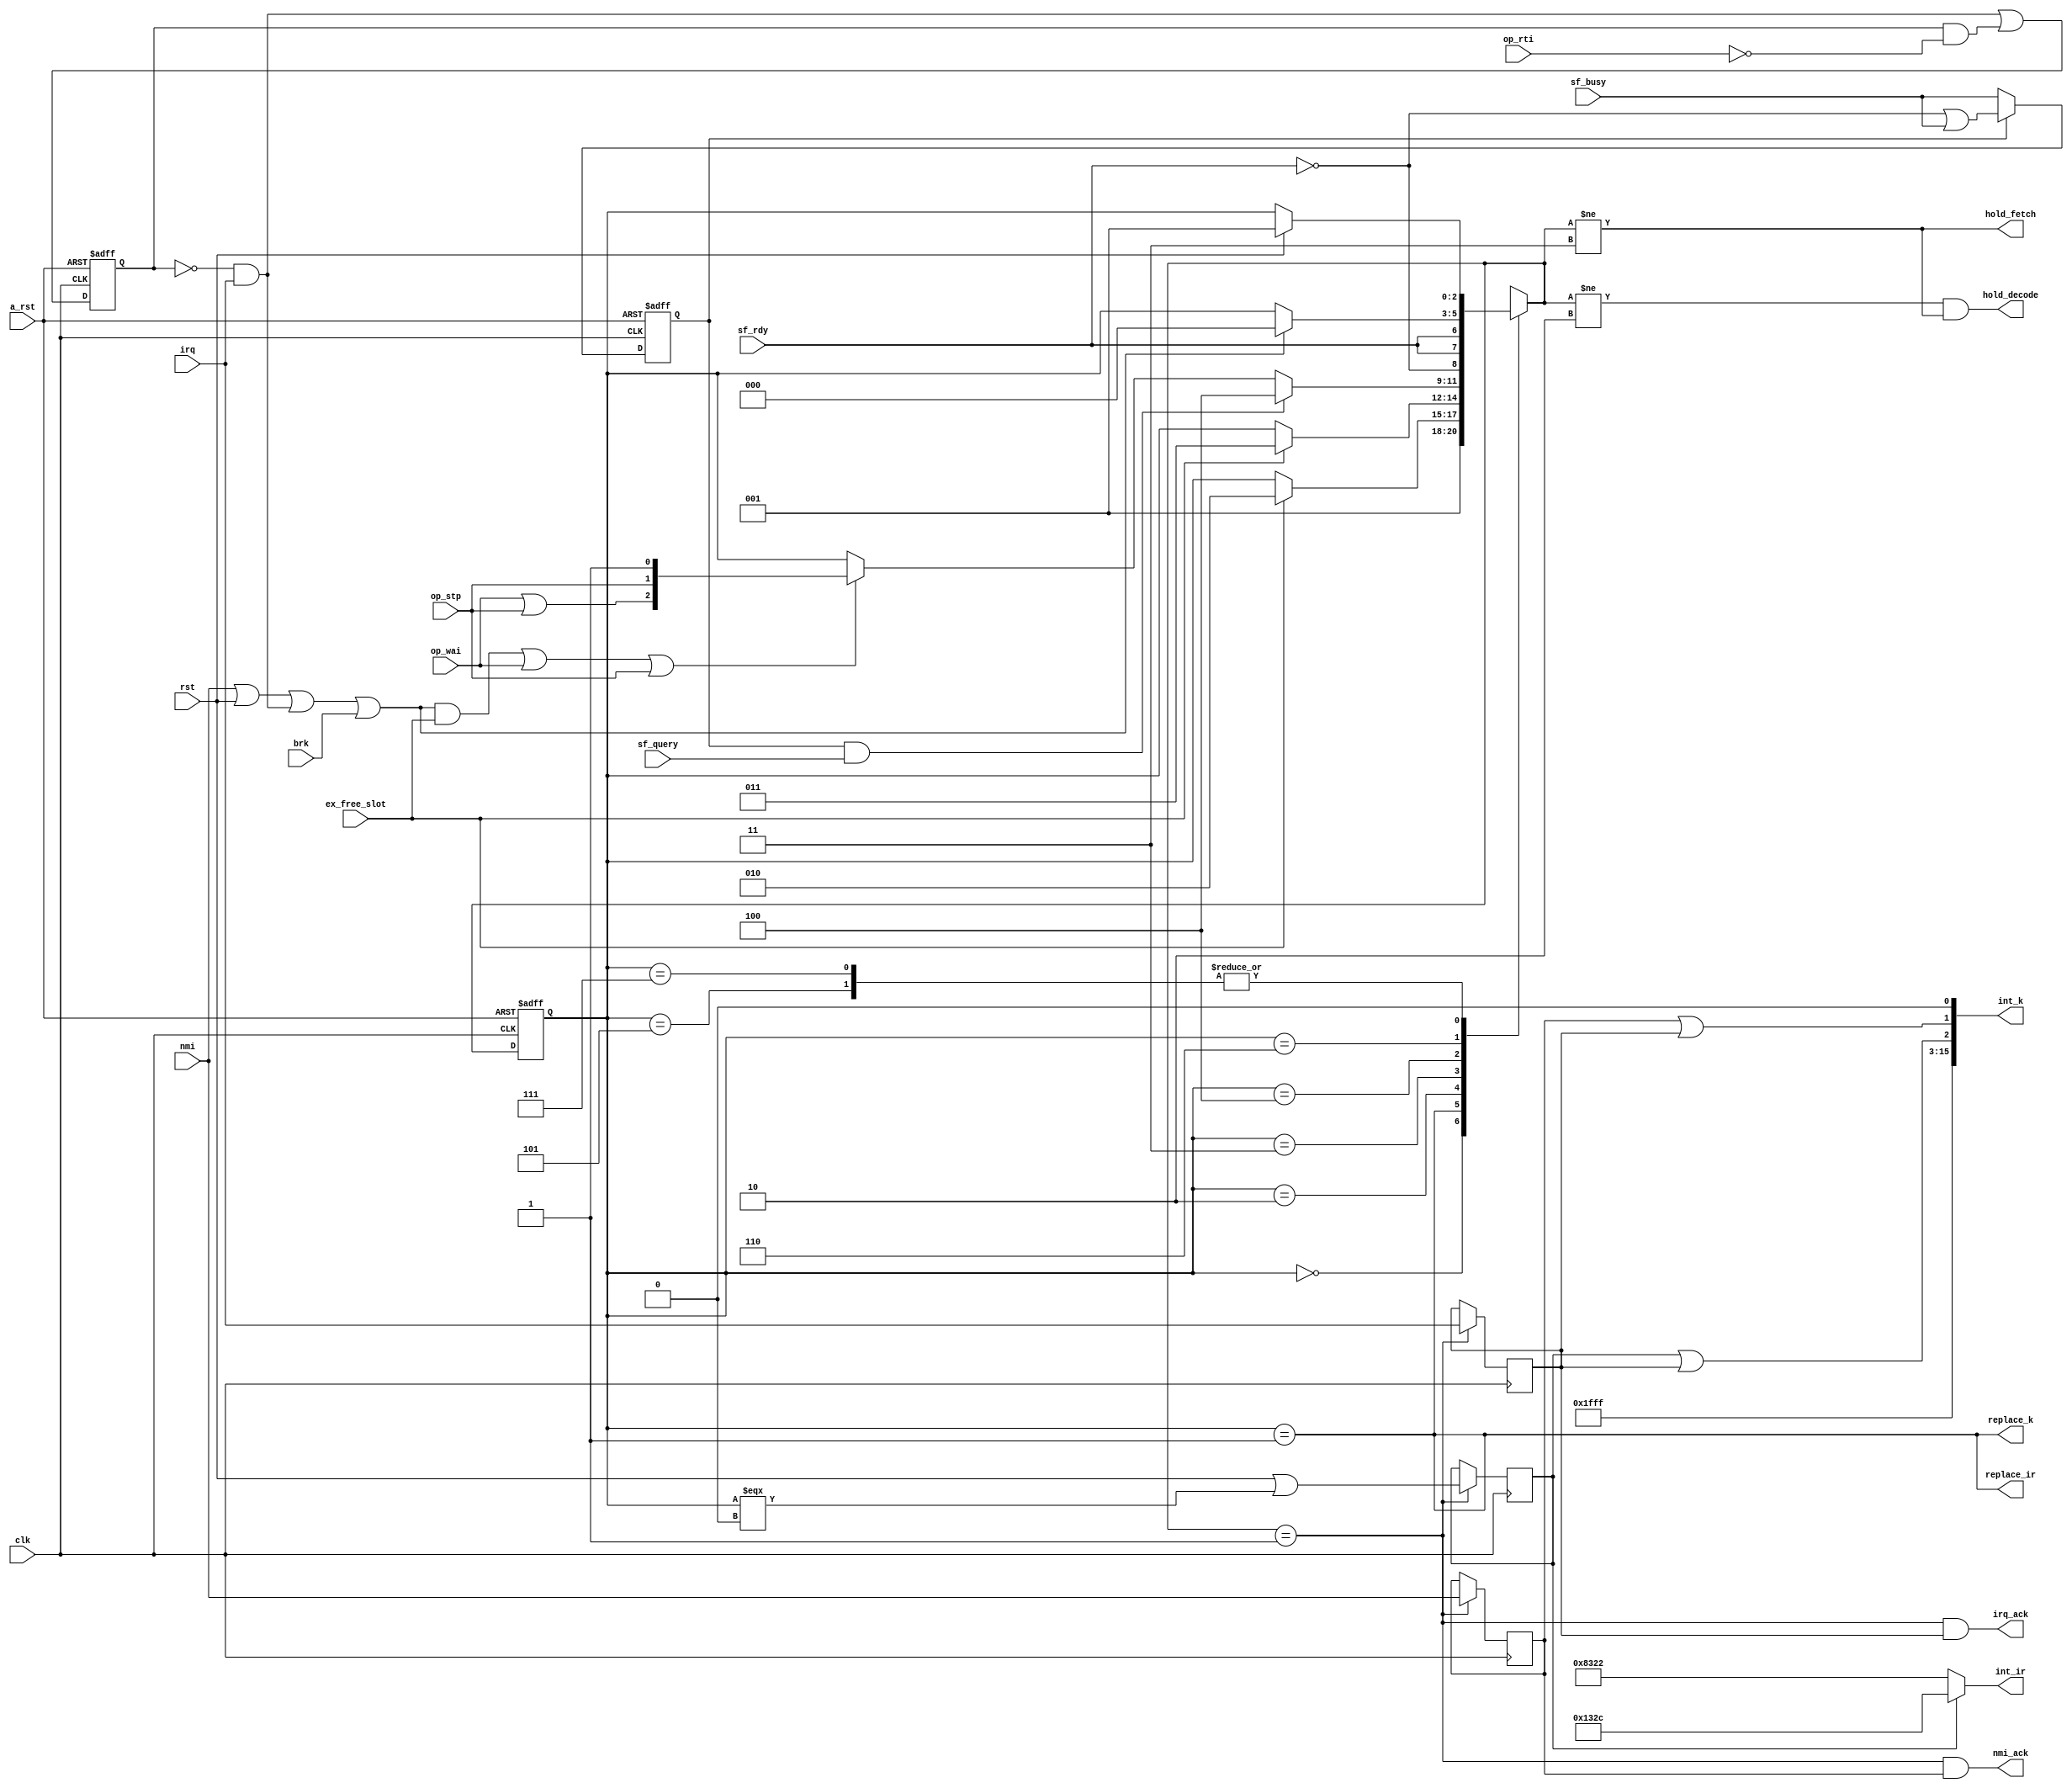

module cpu_status(
    input   wire        clk,
    input   wire        a_rst,
    
    // interrupts
    input   wire        nmi,
    input   wire        irq,
    input   wire        brk,
    input   wire        rst,
    output  wire        nmi_ack,
    output  wire        irq_ack,
    
    // opcodes that specifically affect cpu status
    input   wire        op_wai,     // wait for interrupt
    input   wire        op_stp,     // wait for reset
    input   wire        op_rti,     // unmask irq
    
    // opcode can be issued to back end
    input   wire        ex_free_slot,
    
    // sf handling
    input   wire        sf_query,   // sf is requested, stall decode if sf is not stable
    input   wire        sf_busy,    // sf is busy
    input   wire        sf_rdy,     // sf busy flag is cleared
    
    // issue alternative ir + arg
    output  wire[15:0]  int_ir,
    output  wire[15:0]  int_k,
    
    output  wire        replace_ir,
    output  wire        replace_k,
    
    // control front end units
    output  wire        hold_fetch,
    output  wire        hold_decode
);
parameter INT_VEC_BASE = 13'b1111_1111_1111_1;

// Reset Vector
// FFFE-FFFF : IRQ 11
// FFFC-FFFD : RST 10
// FFFA-FFFB : NMI 01
// FFF8-FFF9 : BRK 00

reg sf_status; // 1'b0: ready, 1'b1: busy

always @(posedge clk or negedge a_rst) begin
    if ( ~a_rst ) begin
        sf_status = 1'b0;
    end else begin
        sf_status <= sf_status ? ( ~sf_rdy | sf_busy ) : sf_busy;
    end
end

/**
 * States:
 *  0) Reset                                         ; GOTO 1
 *  1) JUMP VECTOR                                   ; GOTO 2 when issued
 *  2) Skip Next                                     ; GOTO 3 when done
 *  3) Normal Operation                              ; GOTO 1 when IRQ | NMI | BRK | RST; GOTO 4 when opcode read busy flags; GOTO 7 when STP; GOTO 6 when WAI
 *  4) Wait flags busy                               ; GOTO 3 when resolved
 *  5) Wait Reset
 *  6) Wait Interrupt                                ; GOTO 1 when IRQ | RST | NMI
 *  7) Wait Reset                                    ; GOTO 1 when RST
 *
 * Invariants:
 * In 3 and 6 any interrupt mask IRQ
 * In 3 RTI unmask IRQ
 * On IRQ_ACK the irq status is asserted, on NMI_ACK the nmi status is asserted, only one of them can be high in the same cycle
 *
 * Fetch is put on hold during state 3 if the future state is not 3
 * Decode is put on hold during state 3 if the future state is not 3
 * Fetch is put on hold during states: 0, 1, 2, 4, 5, 6, 7
 * Decode is put on hold during states: 0, 2, 4, 5, 6, 7 
 **/
 
reg irq_mask;

reg[2:0] proc_status;
reg[2:0] next_proc_status;

wire is_interrupt;
wire irq_masked;

always @(*) begin
    case (proc_status)
    3'b000: next_proc_status = 3'b001;
    3'b001: next_proc_status = ex_free_slot ? 3'b010 : proc_status;
    3'b010: next_proc_status = ex_free_slot ? 3'b011 : proc_status;
    3'b011: next_proc_status = ( sf_status & sf_query ) ? 3'b100 : ( is_interrupt & ex_free_slot | op_wai | op_stp ) ? { op_wai | op_stp, op_stp, 1'b1 } : proc_status;
    3'b100: next_proc_status = { ~sf_rdy, sf_rdy, sf_rdy };
    3'b101: next_proc_status = rst ? 3'b001 : proc_status;
    3'b110: next_proc_status = is_interrupt ? 3'b000 : proc_status;
    3'b111: next_proc_status = rst ? 3'b001 : proc_status;
    endcase
end

always @(posedge clk or negedge a_rst) begin
    if ( ~a_rst ) begin
        proc_status = 3'b000;
    end else begin
        proc_status <= next_proc_status;
    end
end

reg mask_irq;
always @(posedge clk or negedge a_rst) begin
    if ( ~a_rst ) begin
        mask_irq = 1'b0;
    end else begin
        mask_irq <= ~mask_irq & irq | mask_irq & ~op_rti;
    end
end

assign irq_masked = irq & ~mask_irq;
assign is_interrupt = nmi | rst | irq_masked | brk;

reg was_irq;
reg was_rst;
reg was_nmi;
reg was_brk;

wire is_power_up_state = ( proc_status === 3'b000 );
wire is_rst_signal = rst | is_power_up_state;

always @(posedge clk) begin
    was_irq <= ( next_proc_status == 3'b001 ) ? irq : was_irq;
    was_rst <= ( next_proc_status == 3'b001 ) ? is_rst_signal : was_rst;
    was_nmi <= ( next_proc_status == 3'b001 ) ? nmi : was_nmi;
    was_brk <= ( next_proc_status == 3'b001 ) ? brk : was_brk;
end

assign int_ir = was_rst ? { 8'b00010_011, 8'b0010_1100 } : 16'b10000_011_0010_00_10;
assign int_k = { INT_VEC_BASE, was_rst | was_irq, was_nmi | was_irq, 1'b0 };
assign irq_ack = ( next_proc_status == 3'b001 ) & was_irq;
assign nmi_ack = ( next_proc_status == 3'b001 ) & was_nmi;
assign replace_ir = ( proc_status == 3'b001 );
assign replace_k = ( proc_status == 3'b001 );
assign hold_fetch = ( next_proc_status != 3'b011 );
assign hold_decode = ( next_proc_status != 3'b010 ) & (next_proc_status != 3'b011);

endmodule